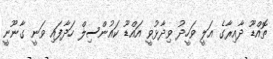
ތޮއްޑޫ ދާއިރާގެ އަލީ ވަހީދު ވިދާޅުވީ އައްޑޫ ކައުންސިލް ހަދާފައި ވަނީ ގާނޫނީ